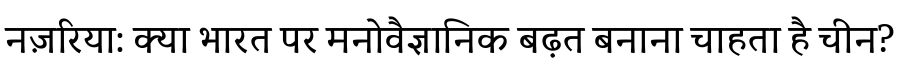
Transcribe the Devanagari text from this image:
नज़रिया: क्या भारत पर मनोवैज्ञानिक बढ़त बनाना चाहता है चीन?